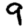
Digit: 9